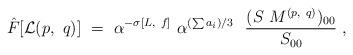
LaTeX: \begin{align*}{\hat F}[{\cal L}(p,~q)]~=~\alpha^{-\sigma[L,~f]}~{\alpha}^{(\sum a_i )/3}~~{(S~M^{(p,~q)} )_{00} \over S_{00}}~,\end{align*}